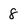
Character: 8